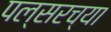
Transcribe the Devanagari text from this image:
पल्सरच्या